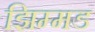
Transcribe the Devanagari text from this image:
झिम्मड